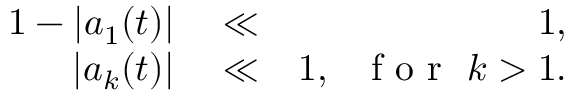
\begin{array} { r l r } { 1 - | a _ { 1 } ( t ) | } & { { } \ll } & { 1 , } \\ { | a _ { k } ( t ) | } & { { } \ll } & { 1 , \ \ \mathrm { ~ f ~ o ~ r ~ } \ k > 1 . } \end{array}